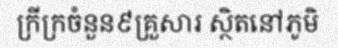
ក្រីក្រចំនួន៩គ្រួសារ ស្ថិតនៅភូមិ